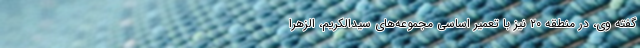
گفته وی، در منطقه ۲۰ نیز با تعمیر اساسی مجموعه‌های سیدالکریم، الزهرا